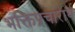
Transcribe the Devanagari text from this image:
भक्तिप्रचारार्थ